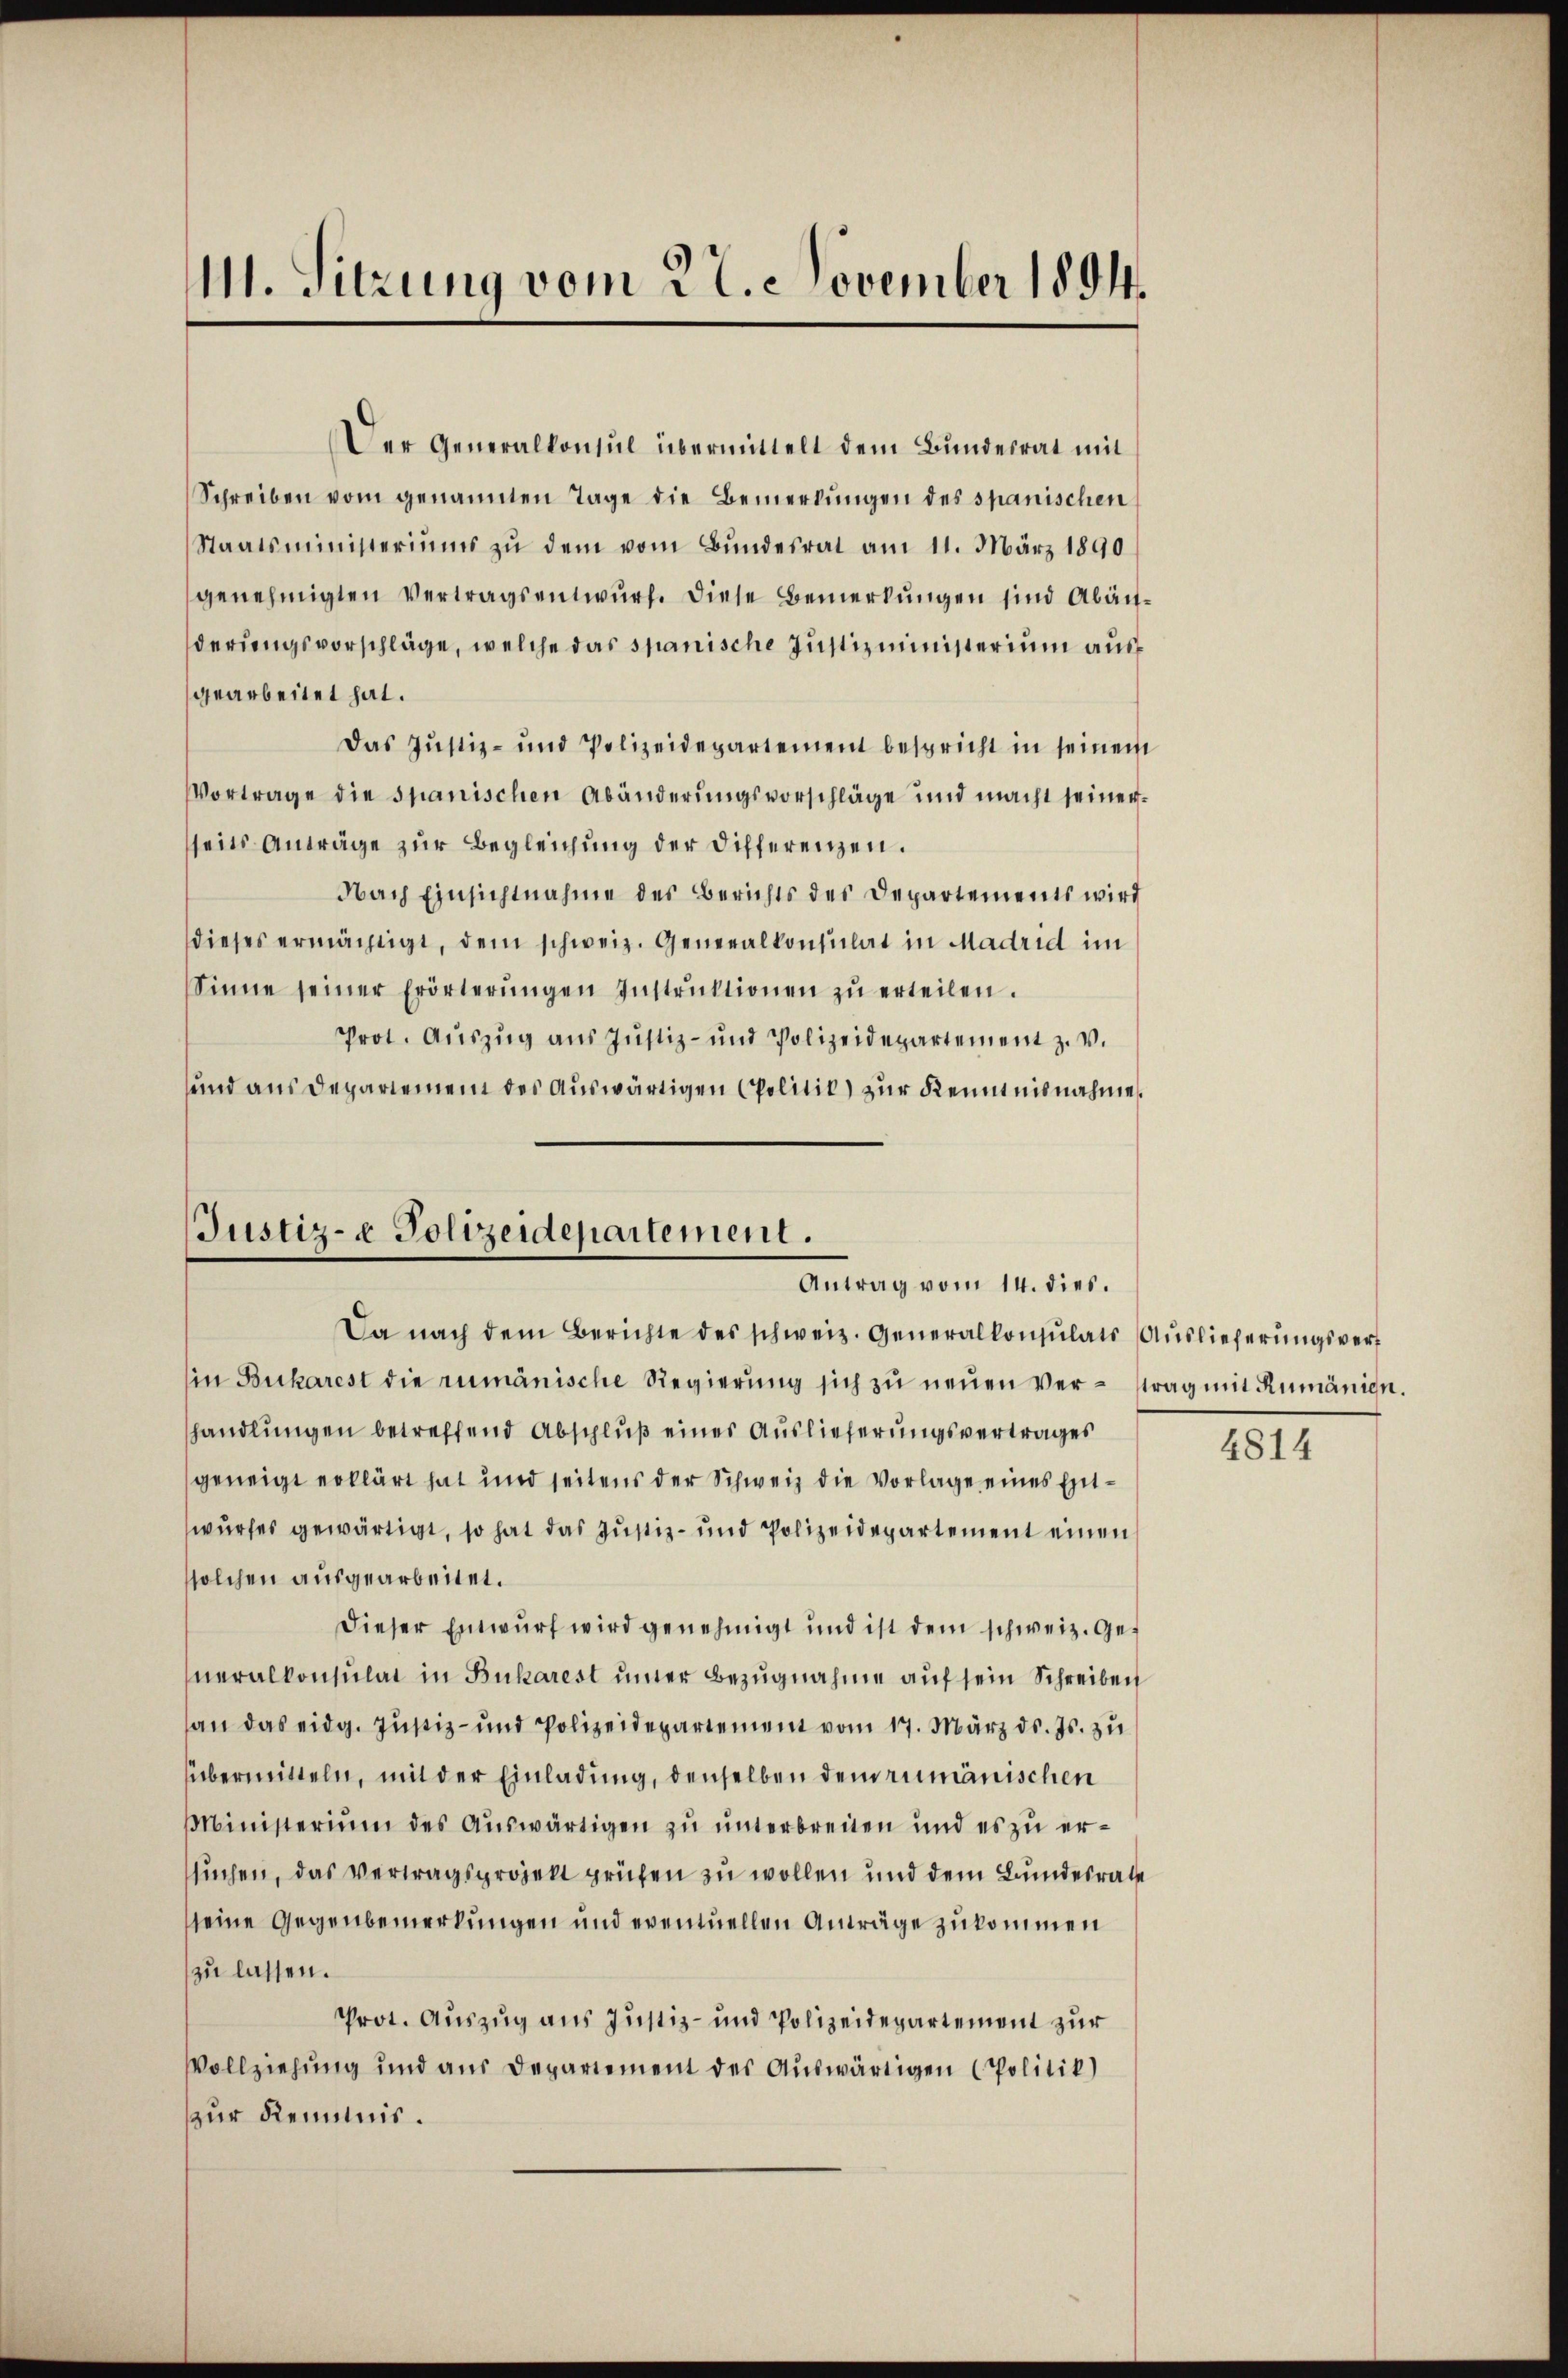
111. Sitzung vom 22. November 1894.

Der Generalkonsul übermittelt dem Bundesrat mit
Schreiben vom genannten Tage die Bemerkŭngen des spanischen
Staatsministeriums zŭ dem vom Bundesrat am 11. März 1890
genehmigten Vertragsentwurf. Diese Bemerkungen sind Abänderungsvorschläge, welche das spanische Justizministerium ausgearbeitet hat.
Das Justiz- und Polizeidepartement bespricht in seinem
Vortrage die spanischen Abänderungsvorschläge und macht seinersseits Anträge zur Begleichung der Differenzen.
Nach Einsichtnahme des Berichts des Departements wird
dieses ermächtigt, dem schweiz. Generalkonsulat in Madrid im
Sinne seiner Erörterŭngen Instrŭktionen zŭ erteilen.
Prot. Aŭszŭg aŭs Justiz- und Polizeidepartement z. v.
und aus Departement des auswärtigen Politil) zur Kenntnisnahme.

Justiz- & Polizeidepartement.
Antrag vom 14. dies.

Da nach dem Berichte des schweiz. Generalkonsulats Auslieferungsverf
in Bucharest die rumänische Regierung sich zu neuen Vertrag mit Rumänien.
shandlungen betreffend Abschluß eines Auslieferungsvertrages
geneigt erklärt hat und seitens der Schweiz die Vorlage eines Entwurfes gewärtigt, so hat das Justiz- und Polizeidepartement einen
ssolchen ausgearbeitet.
Dieser Entwurf wird genehmigt und ist dem schweiz. Generalkonsulat in Bukarest unter Bezugnahme auf sein Schreiben
an das eidg. Jŭstiz- und Polizeidepartement vom 17. März ds. Js. zŭ
übermitteln, mit der Einladung, denselben dem rumänischen
Ministerium des Auswärtigen zu unterbreiten und es zu erssuchen, das Vertragsprojekt prüfen zu wollen und dem Bundesrate
sseine Gegenbemerkungen und eventuellen Anträge zukommen
zu lassen.
Prot. Auszug aus Justiz- und Polizeidepartement zur
Vollziehung und aus Departement des Auswärtigen (Politik)
zur Kenntnis.

4814